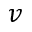
v